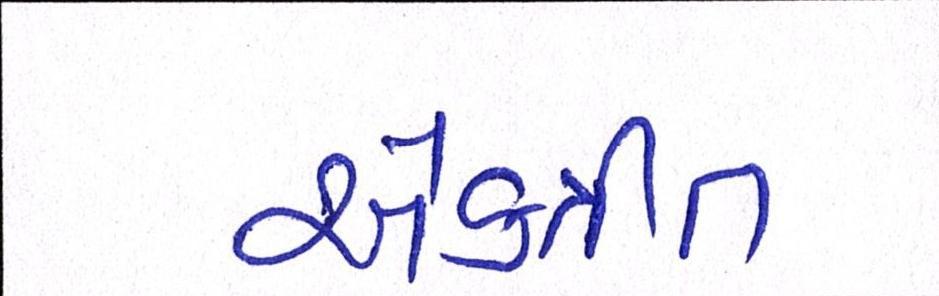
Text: એકત્રીત